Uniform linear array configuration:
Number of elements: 4
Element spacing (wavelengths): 0.75
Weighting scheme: hamming
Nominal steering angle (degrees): -30
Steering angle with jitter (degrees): -31.213
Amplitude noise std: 0.05
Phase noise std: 0.05

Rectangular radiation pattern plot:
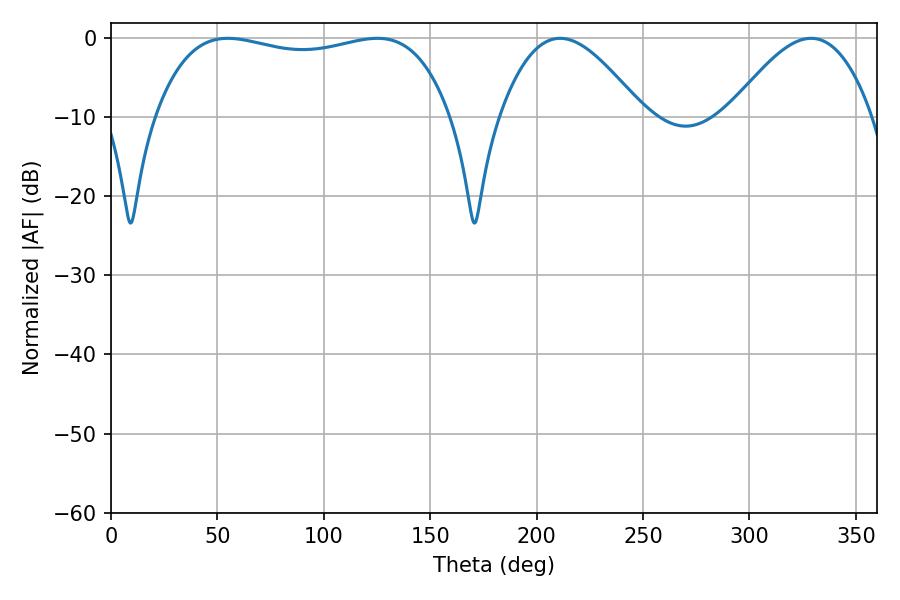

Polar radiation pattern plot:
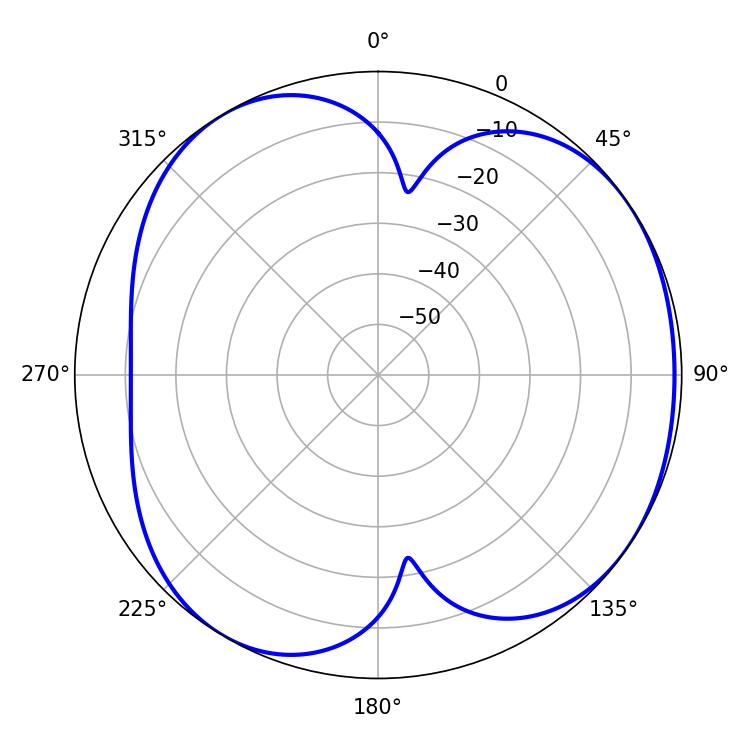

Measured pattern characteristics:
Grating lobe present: TRUE
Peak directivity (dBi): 4.753
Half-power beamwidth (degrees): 112.32
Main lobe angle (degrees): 54.9